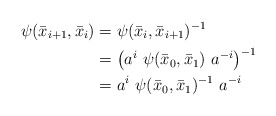
\begin{align*}\psi(\bar{x}_{i+1}, \bar{x}_i) &= \psi(\bar{x}_i,\bar{x}_{i+1})^{-1} \\&= \big( a^i ~ \psi(\bar{x}_0, \bar{x}_1 ) ~ a^{-i} \big)^{-1} \\&= a^i ~ \psi( \bar{x}_0, \bar{x}_1 )^{-1} ~a^{-i}\end{align*}